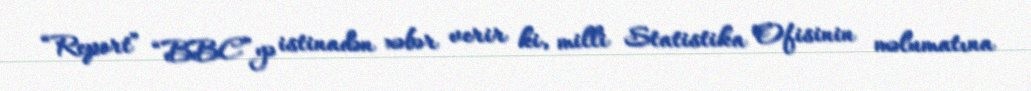
“Report” “BBC”yə istinadən xəbər verir ki, milli Statistika Ofisinin məlumatına